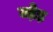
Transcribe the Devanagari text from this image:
जो़ड़